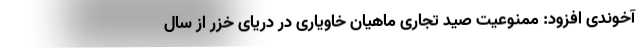
آخوندی افزود: ممنوعیت صید تجاری ماهیان خاویاری در دریای خزر از سال